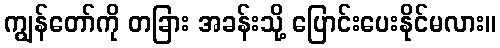
ကျွန်တော်ကို တခြား အခန်းသို့ ပြောင်းပေးနိုင်မလား။